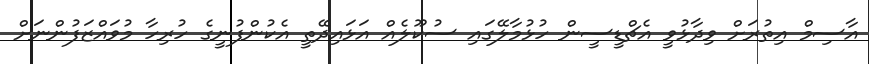
އާސިމް އިތުރަށް ވިދާޅުވީ އެޗްޑީސީން ހުޅުމާލޭގައި ސުކޫލެއް އަޅައިދޭތީ އެކުންފުނީގެ ހުރިހާ މުވައްޒަފުންނަށް